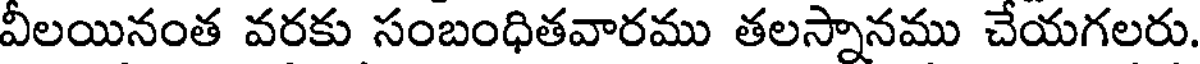
వీలయినంత వరకు సంబంధితవారము తలస్నానము చేయగలరు